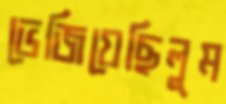
ভেজিয়েছিলুম